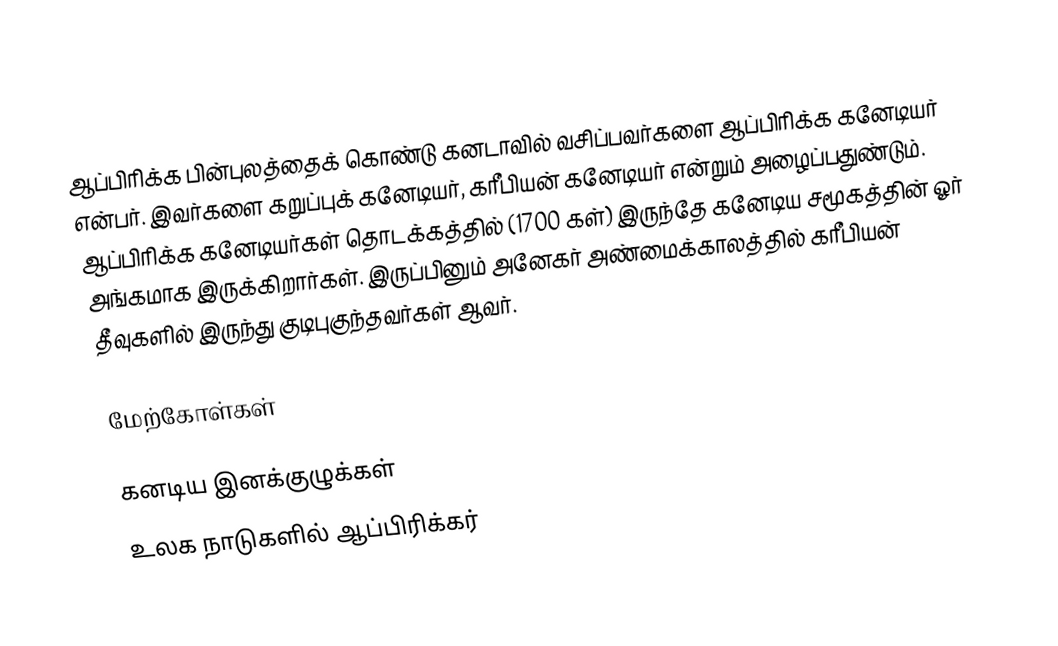
ஆப்பிரிக்க பின்புலத்தைக் கொண்டு கனடாவில் வசிப்பவர்களை ஆப்பிரிக்க கனேடியர் என்பர். இவர்களை கறுப்புக் கனேடியர், கரீபியன் கனேடியர் என்றும் அழைப்பதுண்டும். ஆப்பிரிக்க கனேடியர்கள் தொடக்கத்தில் (1700 கள்) இருந்தே கனேடிய சமூகத்தின் ஓர் அங்கமாக இருக்கிறார்கள். இருப்பினும் அனேகர் அண்மைக்காலத்தில் கரீபியன் தீவுகளில் இருந்து குடிபுகுந்தவர்கள் ஆவர்.

மேற்கோள்கள்

கனடிய இனக்குழுக்கள்
உலக நாடுகளில் ஆப்பிரிக்கர்